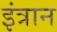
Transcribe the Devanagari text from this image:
इंत्रान